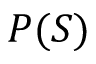
P ( S )